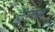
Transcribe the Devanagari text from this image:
क्रूरकर्मे